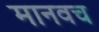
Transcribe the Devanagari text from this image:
मानवच